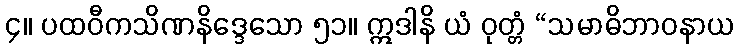
၄။ ပထဝီကသိဏနိဒ္ဒေသော ၅၁။ ဣဒါနိ ယံ ဝုတ္တံ “သမာဓိဘာဝနာယ